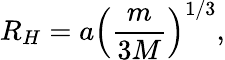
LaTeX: R_{H}=a\left({\frac{m}{3M}}\right)^{1/3},